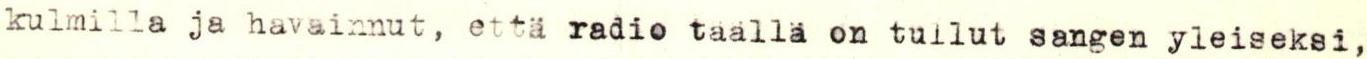
kulmilla ja havainnut, että radio täällä on tullut sangen yleiseksi,